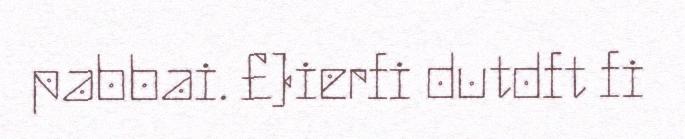
pabbai. £)ierfi dutdft fi